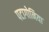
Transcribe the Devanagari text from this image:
पटागोनिया